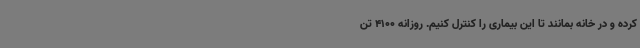
کرده و در خانه بمانند تا این بیماری را کنترل کنیم. روزانه 4100 تن